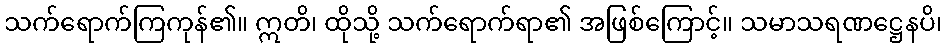
သက်ရောက်ကြကုန်၏။ ဣတိ၊ ထိုသို့ သက်ရောက်ရာ၏ အဖြစ်ကြောင့်။ သမာသရဏဋ္ဌေနပိ၊